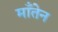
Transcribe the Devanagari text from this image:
माँतेन